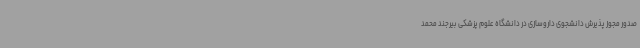
صدور مجوز پذیرش دانشجوی داروسازی در دانشگاه علوم پزشکی بیرجند محمد